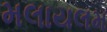
મલાયલમ